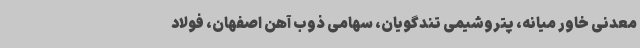
معدنی خاور میانه، پتروشیمی تندگویان، سهامی ذوب آهن اصفهان، فولاد